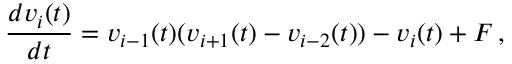
\frac { d v _ { i } ( t ) } { d t } = v _ { i - 1 } ( t ) ( v _ { i + 1 } ( t ) - v _ { i - 2 } ( t ) ) - v _ { i } ( t ) + F \, ,